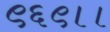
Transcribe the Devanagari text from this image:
९६९।।